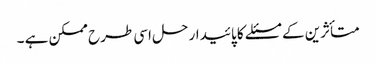
متأثرین کے مسئلے کا پائیدار حل اسی طرح ممکن ہے ۔